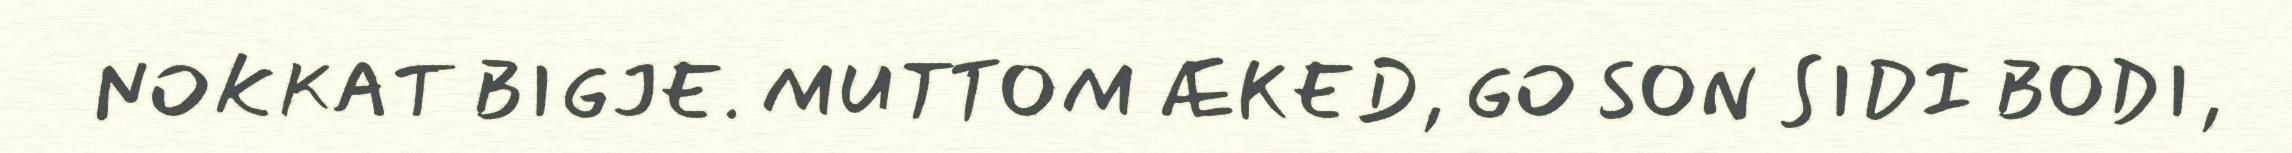
NOKKAT BIGJE. MUTTOM ÆKED, GO SON SIDI BODI,